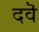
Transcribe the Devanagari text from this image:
दवॆ